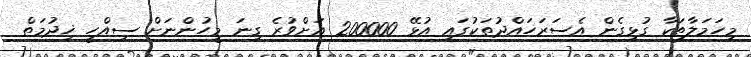
މިހަމަލާތަކާ ގުޅިގެން އެސަރަހައްދުތަކުގައި އުޅޭ 200000 އަށްވުރެ ގިނަ މީހުންނަށް ސިއްހީ ޚިދުމަތް